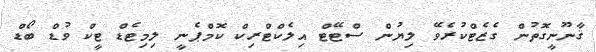
ޤާނޫނީގޮތުން ގެޒެޓްކުރެވޭ ލިޔުން ސްޓޭޓް އިލެކްޓްރިކް ކޮމްޕެނީ ލިމިޓެޑް ޓީކް ވުޑް ބޯޑް